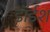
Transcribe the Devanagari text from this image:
डॉईश